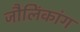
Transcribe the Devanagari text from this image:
जौलिंकांग